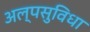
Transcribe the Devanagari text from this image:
अल्पसुविधा